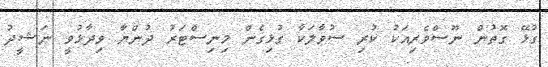
ގުޅޭ ގޮތުން ނޫސްވެރިއަކު ކުރި ސުވާލަކާ ގުޅިގެން މިނިސްޓަރު ދުންޔާ ވިދާޅުވީ ނަޝީދު